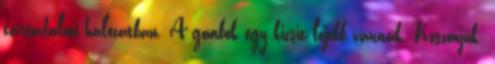
társadalmi hálózatban. A gombok egy kicsit lejebb vannak. Köszönjük.